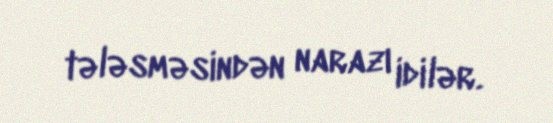
tələsməsindən narazı idilər.